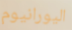
اليورانيوم